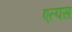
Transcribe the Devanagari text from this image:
एल्पस